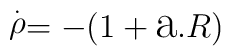
\stackrel{.}{\rho}=-(1+\hbox{\Large a}.R)